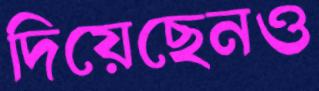
দিয়েছেনও